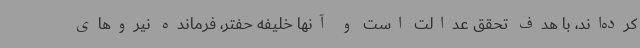
کرده‌اند، با هدف تحقق عدالت است و آنها خلیفه حفتر، فرمانده نیروهای